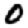
Digit: 0